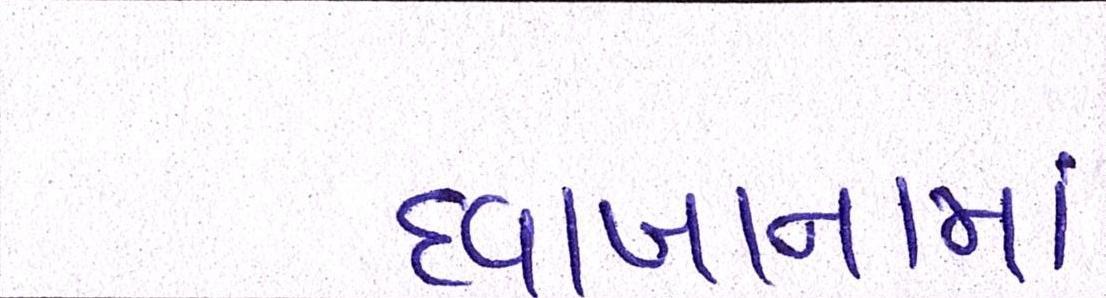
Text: દવાખાનામાં